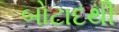
બોટાદથી